Problem: 9 × 9 = ?
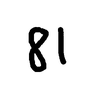
Handwritten answer: 81